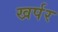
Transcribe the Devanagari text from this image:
खर्पर